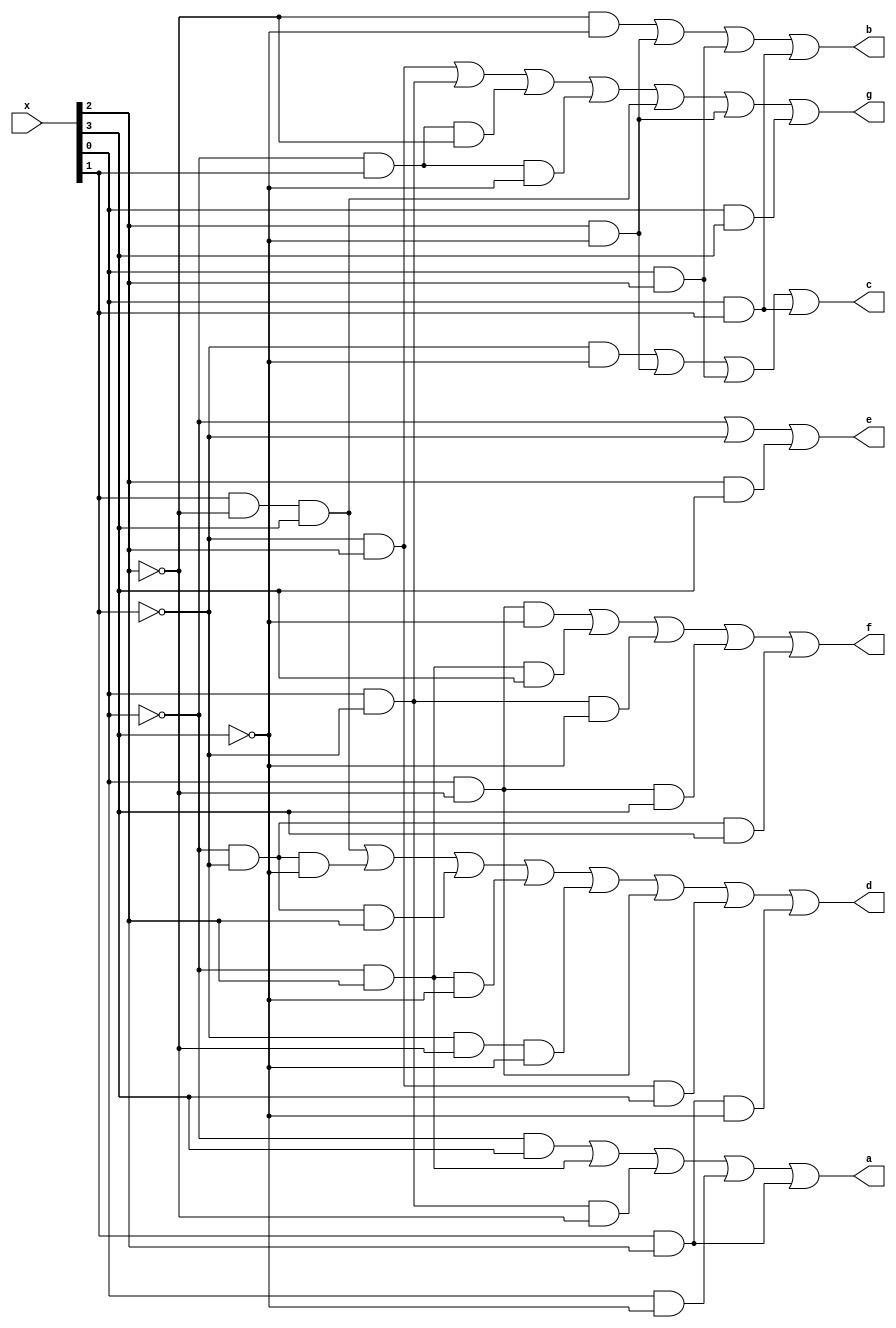
module led(
    input [3:0] x,
    output a, b, c, d, e, f, g
);
    assign a = (~x[0] & x[3]) | (~x[0] & x[2]) | (x[0] & ~x[1] & ~x[2]) | (x[0] & ~x[3]) | (x[1] & x[2]);
    assign b = (~x[2] & ~x[3]) | (x[2] & ~x[3]) | (x[0] & x[2]) | (x[0] & x[1]);
    assign c = (~x[1] & ~x[3]) | (x[2] & ~x[3]) | (x[0] & x[2]) | (x[0] & x[1]);
    assign d = (x[1] & ~x[2] & x[3]) | (~x[0] & ~x[1] & ~x[3]) | (~x[0] & ~x[1] & x[2]) | (~x[0] & x[2] & ~x[3]) | (~x[1] & ~x[2] & ~x[3]) | (x[0] & ~x[2]) | (~x[1] & x[2] & x[3]) | (x[1] & x[2] & ~x[3]);
    assign e = ~x[0] | ~x[1] | (x[2] & x[3]);
    assign f = (x[0] & ~x[2] & ~x[3]) | (~x[0] & x[2] & x[3]) | (x[0] & ~x[1] & ~x[3]) | (x[0] & ~x[2] & x[3]) | (~x[0] & ~x[1] & x[3]);
    assign g = (~x[1] & x[2]) | (x[0] & ~x[1]) | (~x[0] & x[1] & ~x[2]) | (~x[0] & x[1] & ~x[3]) | (x[1] & ~x[2] & x[3]) | (x[2] & ~x[3]) | (x[0] & x[3]);
endmodule